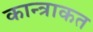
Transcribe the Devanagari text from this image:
कान्त्राकत